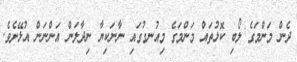
ދެން މަންމަގެ ލޯބި ކޮޅުތައް މަންމަގެ މިއުނގުގައި ނާނަކިޔާ ނިދާލަން އަންނަން އުޅޭށެވެ.